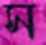
স